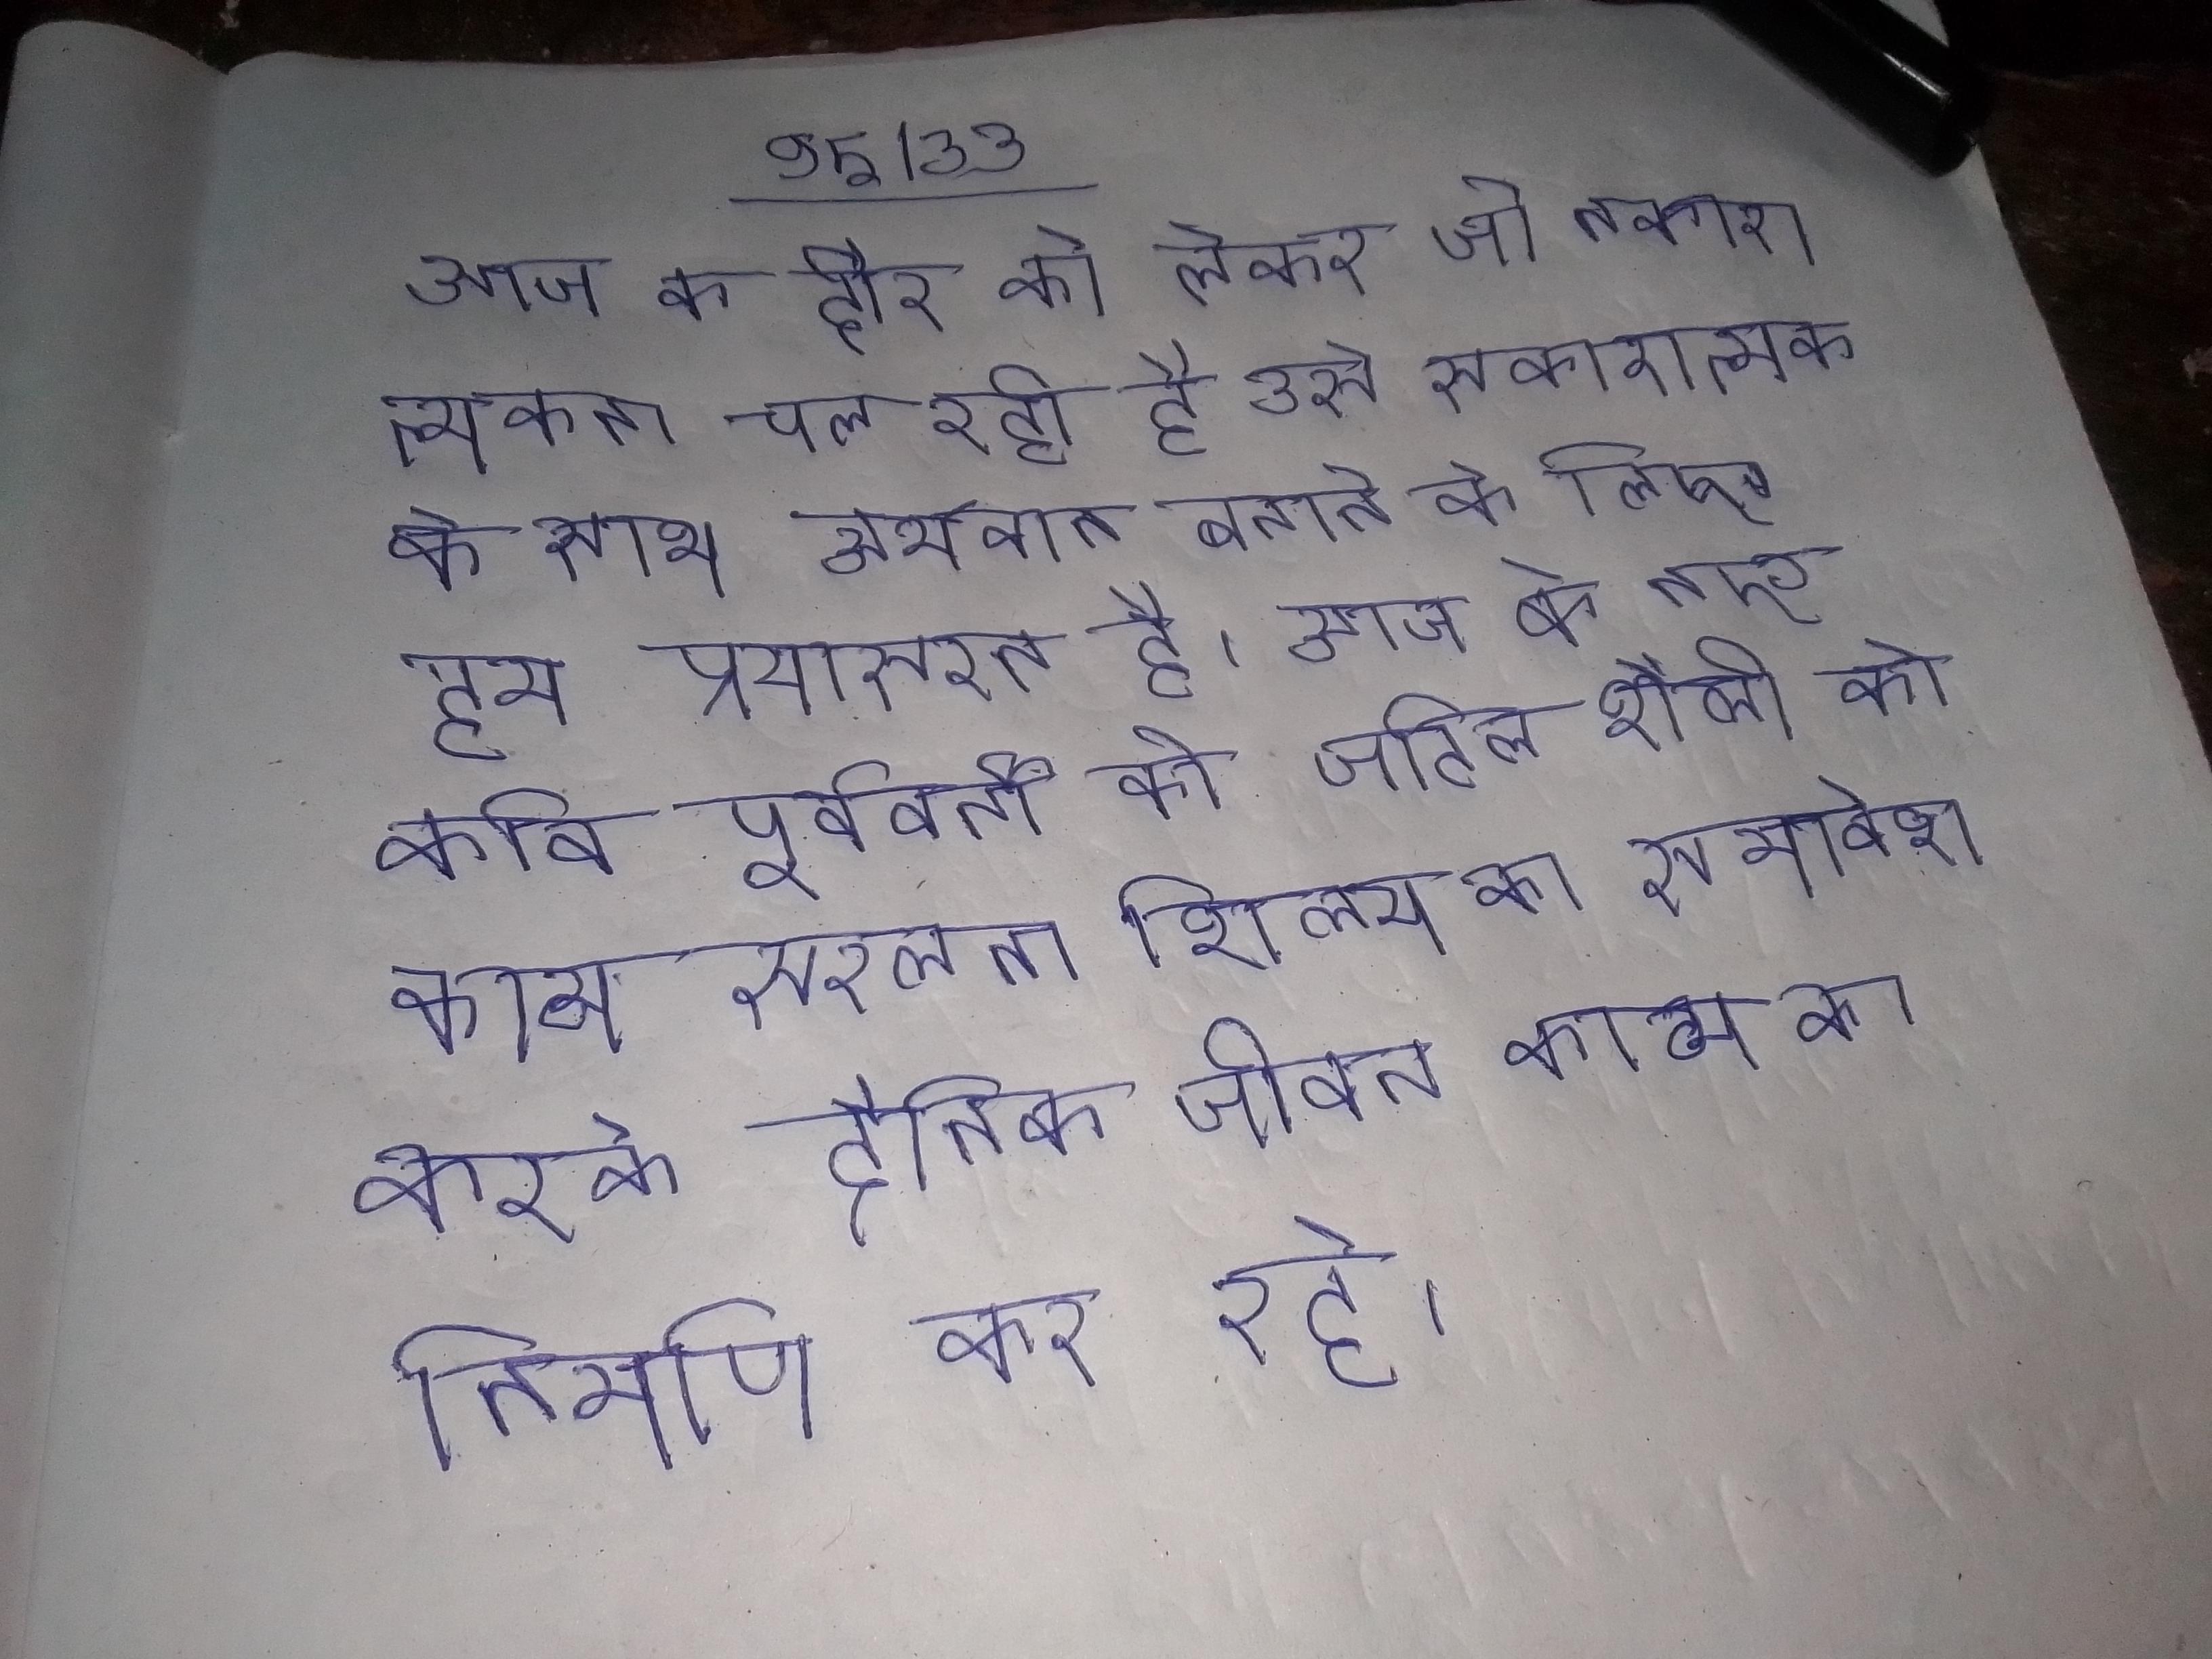
आज के दौर को लेकर जो नकारात्मकता चल रही है उसे सकारात्मक के साथ अर्थवान बनाने के लिए हम प्रयासरत है । आज के नए कवि पूर्ववर्ती को जटिल शैली को काव्य सरलता शिल्प का समावेश करके दैनिक जीवन काव्य का निर्माण कर रहे ।